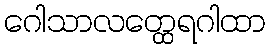
ဂေါသာလတ္ထေရဂါထာ